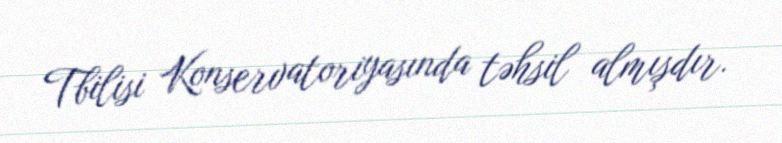
Tbilisi Konservatoriyasında təhsil almışdır.